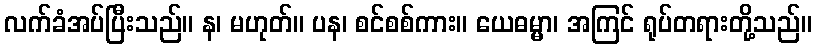
လက်ခံအပ်ပြီးသည်။ န၊ မဟုတ်။ ပန၊ စင်စစ်ကား။ ယေဓမ္မာ၊ အကြင် ရုပ်တရားတို့သည်။